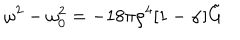
\omega ^ { 2 } - \omega _ { 0 } ^ { 2 } = - 1 8 \pi \rho ^ { 4 } [ 1 - \alpha ] \tilde { G }